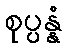
စုပ္ပန္နံ